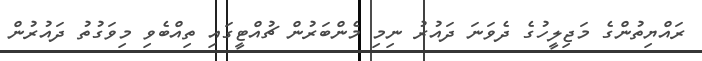
ރައްޔިތުންގެ މަޖިލީހުގެ ދެވަނަ ދައުރު ނިމި މެންބަރުން ޗުއްޓީގައި ތިއްބެވި މިވަގުތު ދައުރުން